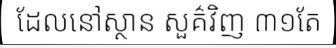
ដែលនៅស្ថាន សួគ៌វិញ ៣១តែ